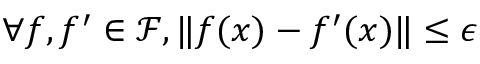
\forall f , f ^ { \prime } \in \mathcal { F } , \| f ( x ) - f ^ { \prime } ( x ) \| \leq \epsilon